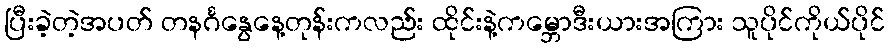
ပြီးခဲ့တဲ့အပတ် တနင်္ဂနွေနေ့တုန်းကလည်း ထိုင်းနဲ့ကမ္ဘောဒီးယားအကြား သူပိုင်ကိုယ်ပိုင်